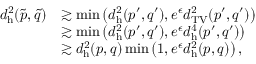
\begin{array} { r l } { d _ { \mathrm { h } } ^ { 2 } ( \tilde { p } , \tilde { q } ) } & { \gtrsim \operatorname* { m i n } \left( d _ { \mathrm { h } } ^ { 2 } ( p ^ { \prime } , q ^ { \prime } ) , e ^ { \epsilon } d _ { \mathrm { T V } } ^ { 2 } ( p ^ { \prime } , q ^ { \prime } ) \right) } \\ & { \gtrsim \operatorname* { m i n } \left( d _ { \mathrm { h } } ^ { 2 } ( p ^ { \prime } , q ^ { \prime } ) , e ^ { \epsilon } d _ { \mathrm { h } } ^ { 4 } ( p ^ { \prime } , q ^ { \prime } ) \right) } \\ & { \gtrsim d _ { \mathrm { h } } ^ { 2 } ( p , q ) \operatorname* { m i n } \left( 1 , e ^ { \epsilon } d _ { \mathrm { h } } ^ { 2 } ( p , q ) \right) , } \end{array}